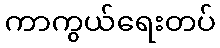
ကာကွယ်ရေးတပ်